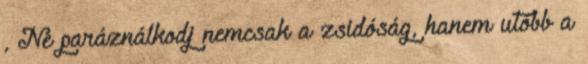
, Ne paráználkodj nemcsak a zsidóság, hanem utóbb a